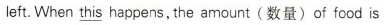
left.When \underline{this} happens,the amount(数量)of food is